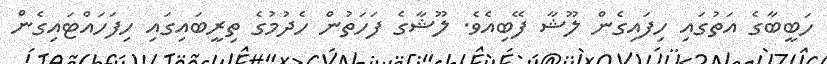
ހަބީބާގެ އަތުގައި ހިފައިގެން ލޫޝާ ފޭބިއެވެ. ލޫޝާގެ ފަހަތުން ހެދުމުގެ ތިރީބައިގައި ހިފަހައްޓައިގެން